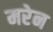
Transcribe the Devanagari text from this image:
मरेन